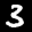
Digit: 3